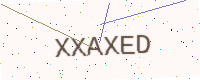
Text: XXAXED